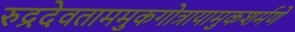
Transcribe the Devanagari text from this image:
रुद्रदेवताममुकगोत्रायामुकशर्मणे